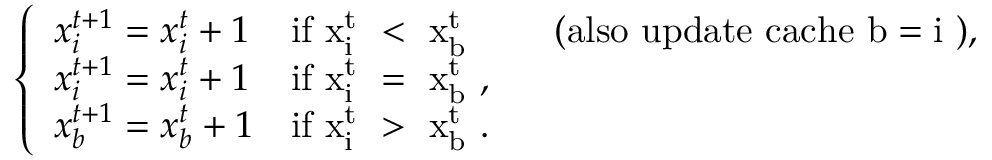
\left\{ \begin{array} { l l } { x _ { i } ^ { t + 1 } = x _ { i } ^ { t } + 1 } & { \mathrm { i f ~ x _ { i } ^ { t } ~ < ~ x _ { b } ^ { t } ~ } \qquad \mathrm { ( a l s o ~ u p d a t e ~ c a c h e ~ b = i ~ ) } , } \\ { x _ { i } ^ { t + 1 } = x _ { i } ^ { t } + 1 } & { \mathrm { i f ~ x _ { i } ^ { t } ~ = ~ x _ { b } ^ { t } ~ } , } \\ { x _ { b } ^ { t + 1 } = x _ { b } ^ { t } + 1 } & { \mathrm { i f ~ x _ { i } ^ { t } ~ > ~ x _ { b } ^ { t } ~ } . } \end{array} \right.